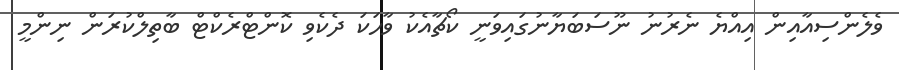
ވެލެންސިއާއިން އިއްޔެ ނެރުނު ނޫސަބަޔާނުގައިވަނީ ކޯޗާއެކު ވާހަކަ ދެކެވި ކޮންޓްރެކްޓް ބާތިލްކުރަން ނިންމީ